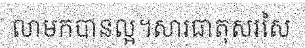
លាមកបានល្អ។សារធាតុសរសៃ